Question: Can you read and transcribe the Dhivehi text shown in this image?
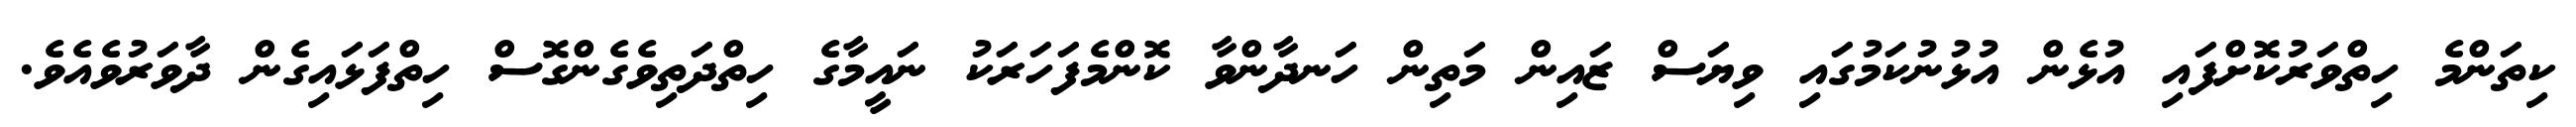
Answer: ކިތަންމެ ހިތްވަރުކޮށްފައި އުޅެން އުޅުނުކަމުގައި ވިޔަސް ޒައިން މަތިން ހަނދާންވާ ކޮންމެފަހަރަކު ނައީމާގެ ހިތްދަތިވެގެންގޮސް ހިތްފަޅައިގެން ދާވަރުވެއެވެ.